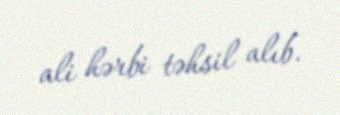
ali hərbi təhsil alıb.